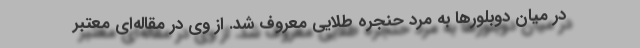
در میان دوبلورها به مرد حنجره طلایی معروف شد. از وی در مقاله‌ای معتبر